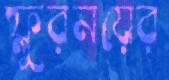
ফ্লুরনয়ের